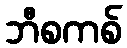
ဘီစကစ်